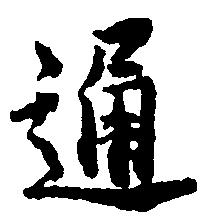
通